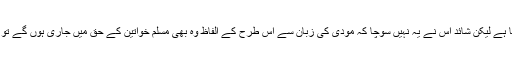
ہمارے وزیراعظم کو جس نے بھی تقریر لکھ کر دی اُس نے بڑی ہی ہوشیاری سے کام لیا ہے لیکن شائد اُس نے یہ نہیں سوچا کہ مودی کی زبان سے اس طرح کے الفاظ وہ بھی مسلم خواتین کے حق میں جاری ہوں گے تو مسلمانوں کے بشمول سارے ملک کے انصاف پسندوں میں حیرت کی لہر دوڑ جائے گی ۔